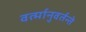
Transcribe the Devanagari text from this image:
वर्त्मानुवर्तन्ते